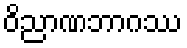
ဝိညာဏဘာဂဿ